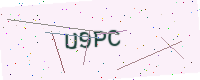
Text: U9PC